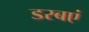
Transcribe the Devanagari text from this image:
डरबएं